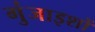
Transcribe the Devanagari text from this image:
गुंजाइशों